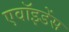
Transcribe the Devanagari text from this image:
एवॉइडेंस